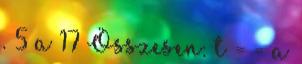
. 5 a 17 Összesen: t = = a